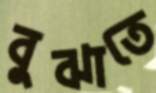
বুঝাতে